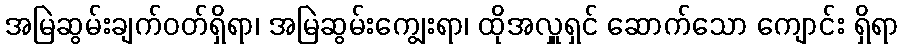
အမြဲဆွမ်းချက်ဝတ်ရှိရာ၊ အမြဲဆွမ်းကျွေးရာ၊ ထိုအလှူရှင် ဆောက်သော ကျောင်း ရှိရာ